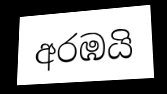
අරඹයි